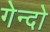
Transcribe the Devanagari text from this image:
गेन्दो